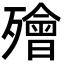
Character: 𣩮